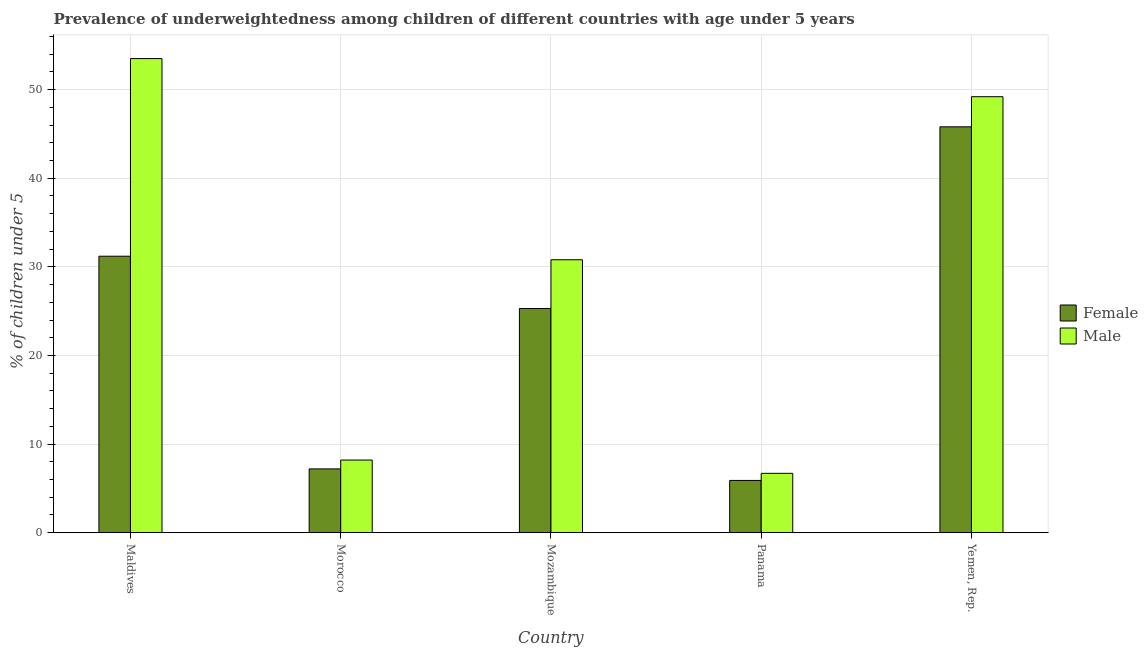
| Country | Female | Male |
 | --- | --- | --- |
 | Maldives | 31.2 | 53.5 |
 | Morocco | 7.2 | 8.2 |
 | Mozambique | 25.3 | 30.8 |
 | Panama | 5.9 | 6.7 |
 | Yemen, Rep. | 45.8 | 49.2 |